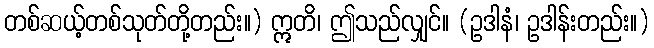
တစ်ဆယ့်တစ်သုတ်တို့တည်း။) ဣတိ၊ ဤသည်လျှင်။ (ဥဒါနံ၊ ဥဒါန်းတည်း။)